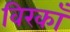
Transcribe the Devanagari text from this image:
विरकाँ